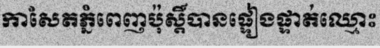
កាសែតភ្នំពេញប៉ុស្តិ៍បានផ្ទៀងផ្ទាត់ឈ្មោះ